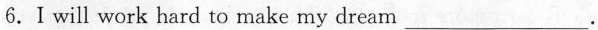
6.I will work hard to make my dream ___.